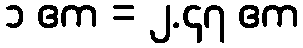
၁ ဧက = ၂.၄၇ ဧက